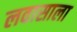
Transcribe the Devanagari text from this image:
लवासाला